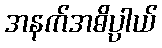
အနက်အဓိပ္ပါယ်